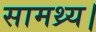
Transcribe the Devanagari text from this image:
सामथ्र्य।